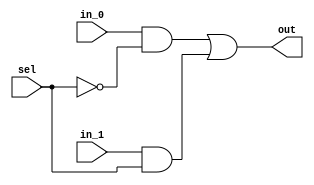
`timescale 1ns / 1ps
//////////////////////////////////////////////////////////////////////////////////
//
// Company: Indraprastha Institute of Information Technology
// 
//////////////////////////////////////////////////////////////////////////////////
///////// GATE LEVEL MODELLING //////

module Assignment_1(sel, in_0, in_1, out);

    //defining the input ports.
    input in_0;
    input in_1;
    input sel;
    
    //defining the output port.
    output out;
    
    //Internal variables.
    wire not_sel;
    wire temp1,temp2;
    wire out_temp;

    //NOT gate - not_sel is the output with sel as input
    not n1(not_sel,sel);
      
    //AND   gate - temp1 and temp2 are output and not_sel and sel are inputs.
    and and_1(temp1,in_0,not_sel);
    and and_2(temp2,in_1,sel);
    
    //OR gate - out_temp is output and temp1, temp2 are inputs.
    or or_1(out_temp,temp1,temp2);
    
    //Assign the final value to the output port.
    assign out = out_temp;
    
endmodule